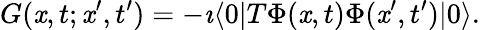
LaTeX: G(\mathit{x},t;\mathit{x}^{\prime},t^{\prime})=-\imath\langle0|T\Phi(\mathit{x},t)\Phi(\mathit{x}^{\prime},t^{\prime})|0\rangle.